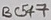
Text: BC547